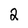
Character: 2